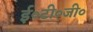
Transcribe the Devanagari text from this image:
ई०टी०जी०